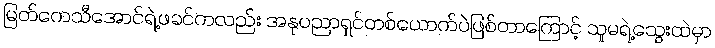
မြတ်ကေသီအောင်ရဲ့ဖခင်ကလည်း အနုပညာရှင်တစ်ယောက်ပဲဖြစ်တာကြောင့် သူမရဲ့သွေးထဲမှာ